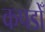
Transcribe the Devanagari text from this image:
कपडोँ